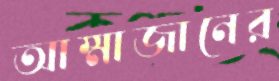
আম্মাজানের